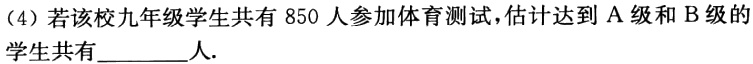
(4) 若该校九年级学生共有 850 人参加体育测试，估计达到 A 级和 B 级的学生共有________人.